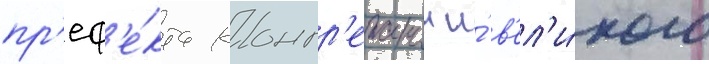
пр'еф'е́кта конгр'егации и́ в'ел'и́кого